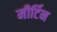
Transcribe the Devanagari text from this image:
मीर्टिन